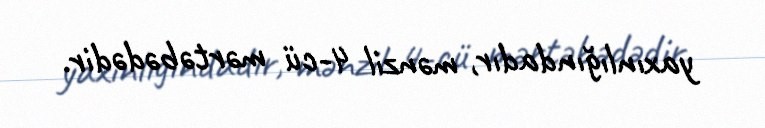
yaxınlığındadır, mənzil 4-cü mərtəbədədir.